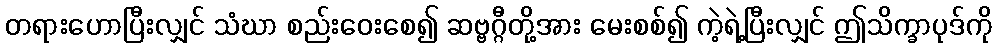
တရားဟောပြီးလျှင် သံဃာ စည်းဝေးစေ၍ ဆဗ္ဗဂ္ဂီတို့အား မေးစစ်၍ ကဲ့ရဲ့ပြီးလျှင် ဤသိက္ခာပုဒ်ကို